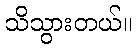
သိသွားတယ်။